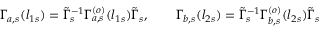
\Gamma _ { a , s } ( l _ { 1 s } ) = \tilde { \Gamma } _ { s } ^ { - 1 } \Gamma _ { a , s } ^ { ( o ) } ( l _ { 1 s } ) \tilde { \Gamma } _ { s } , \qquad \Gamma _ { b , s } ( l _ { 2 s } ) = \tilde { \Gamma } _ { s } ^ { - 1 } \Gamma _ { b , s } ^ { ( o ) } ( l _ { 2 s } ) \tilde { \Gamma } _ { s }